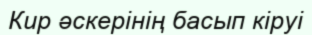
Кир әскерінің басып кіруі